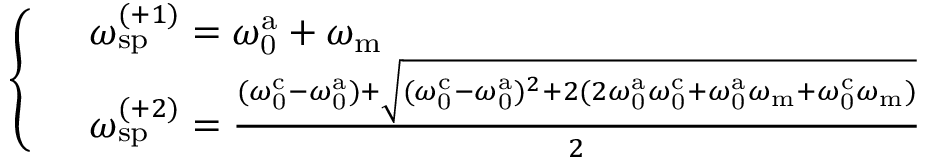
\begin{array} { r l } & { \left\{ \begin{array} { l l } & { \omega _ { \mathrm { s p } } ^ { ( + 1 ) } = \omega _ { \mathrm { 0 } } ^ { \mathrm { a } } + \omega _ { \mathrm { m } } } \\ & { \omega _ { \mathrm { s p } } ^ { ( + 2 ) } = \frac { ( \omega _ { \mathrm { 0 } } ^ { \mathrm { c } } - \omega _ { \mathrm { 0 } } ^ { \mathrm { a } } ) + \sqrt { ( \omega _ { \mathrm { 0 } } ^ { \mathrm { c } } - \omega _ { \mathrm { 0 } } ^ { \mathrm { a } } ) ^ { 2 } + 2 ( 2 \omega _ { \mathrm { 0 } } ^ { \mathrm { a } } \omega _ { \mathrm { 0 } } ^ { \mathrm { c } } + \omega _ { \mathrm { 0 } } ^ { \mathrm { a } } \omega _ { \mathrm { m } } + \omega _ { \mathrm { 0 } } ^ { \mathrm { c } } \omega _ { \mathrm { m } } ) } } { 2 } } \end{array} \right. } \end{array}